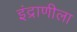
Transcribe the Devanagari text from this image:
इंद्राणीला